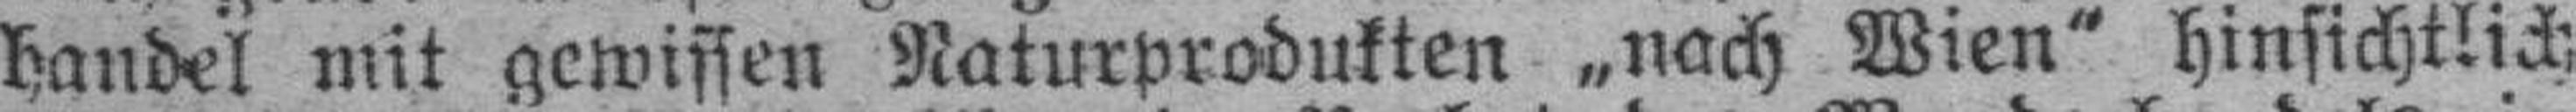
handel mit gewissen Naturprodukten „nach Wien“ hinsichtlich